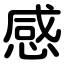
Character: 感